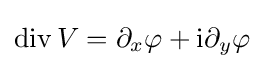
\operatorname {div} V=\partial _{x}\varphi +\mathrm {i} \partial _{y}\varphi